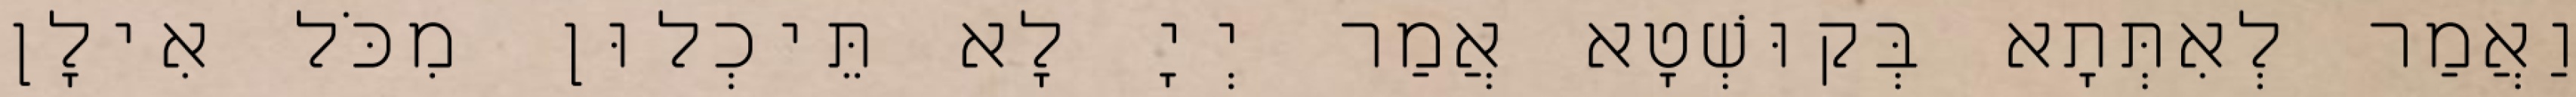
וַאֲמַר לְאִתְּתָא בְּקוּשְׁטָא אֲמַר יְיָ לָא תֵּיכְלוּן מִכֹּל אִילָן